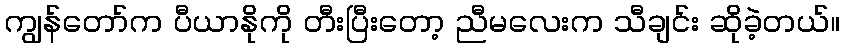
ကျွန်တော်က ပီယာနိုကို တီးပြီးတော့ ညီမလေးက သီချင်း ဆိုခဲ့တယ်။